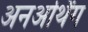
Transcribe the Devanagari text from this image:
अनअर्थिंग